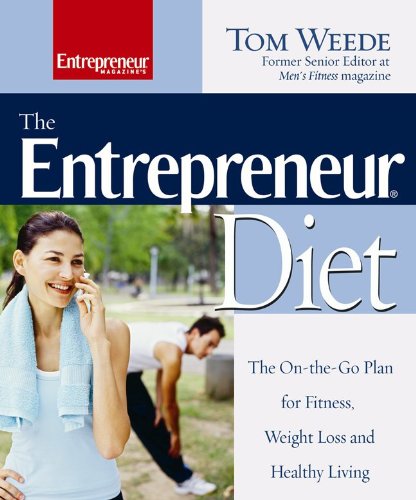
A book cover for The Entrepreneur Diet : The On-the-Go Plan for Fitness, Weight Loss and Healthy Living (Entrepreneur Magazine); Tom Weede; Business & Money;